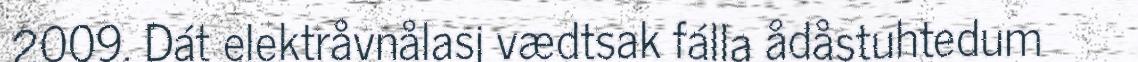
2009. Dát elektråvnålasj vædtsak fálla ådåstuhtedum